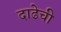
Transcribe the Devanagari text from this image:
दाढेची